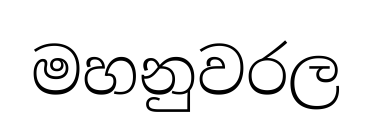
මහනුවරල